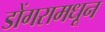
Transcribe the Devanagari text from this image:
डोंगरामधून